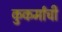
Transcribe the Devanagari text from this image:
कुकर्मांची